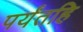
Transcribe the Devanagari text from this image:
पर्यंतहि